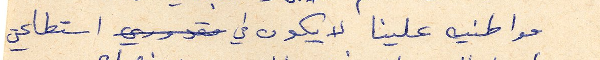
مواطنيه علينا لا يكون في مقدوري استطاعتي